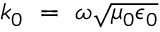
~ k _ { 0 } ~ = ~ \omega { \sqrt { \mu _ { 0 } \epsilon _ { 0 } } }